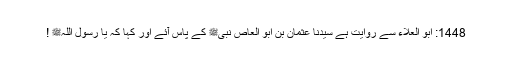
1448: ابو العلاء سے روایت ہے سیدنا عثمان بن ابو العاصؓ نبیﷺ کے پاس آئے اور کہا کہ یا رسول اللہﷺ !